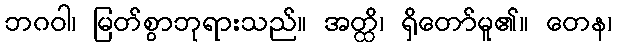
ဘဂဝါ၊ မြတ်စွာဘုရားသည်။ အတ္ထိ၊ ရှိတော်မူ၏။ တေန၊